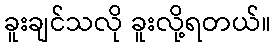
ခူးချင်သလို ခူးလို့ရတယ်။